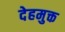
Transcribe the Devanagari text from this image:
देहमुक्त